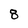
Character: 8